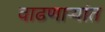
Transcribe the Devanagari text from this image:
वाढणार्‍यांत